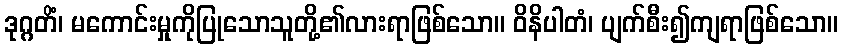
ဒုဂ္ဂတိံ၊ မကောင်းမှုကိုပြုသောသူတို့၏လားရာဖြစ်သော။ ဝိနိပါတံ၊ ပျက်စီး၍ကျရာဖြစ်သော။